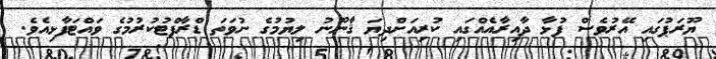
ޔޫރަޕުގައި އޭރުވެސް ފުޅާ ދާއިރާއެއްގައި ކުރިއަށްދިޔަ ޤާނޫނު ލިޔުމުގެ ނުވަތަ ޑްރާފްޓުކުރުމުގެ ވައްޓަފާޅިއެވެ.